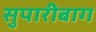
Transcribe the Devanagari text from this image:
सुपारीबाग